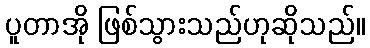
ပူတာအို ဖြစ်သွားသည်ဟုဆိုသည်။